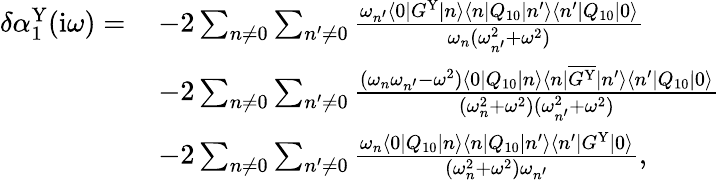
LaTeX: \begin{array}{rl}{\delta\alpha_{1}^{\mathrm{Y}}(\mathrm{i}\omega)=\, }&{-2\sum_{n\ne 0}\sum_{n^{\prime}\ne 0}\frac{\omega_{n^{\prime}}\langle 0|G^{\mathrm{Y}}|n\rangle\langle n|Q_{10}|n^{\prime}\rangle\langle n^{\prime}|Q_{10}|0\rangle}{\omega_{n}(\omega_{n^{\prime}}^{2}+\omega^{2})}}\\ &{-2\sum_{n\ne 0}\sum_{n^{\prime}\ne 0}\frac{(\omega_{n}\omega_{n^{\prime}}-\omega^{2})\langle 0|Q_{10}|n\rangle\langle n|\overline{{G^{\mathrm{Y}}}}|n^{\prime}\rangle\langle n^{\prime}|Q_{10}|0\rangle}{(\omega_{n}^{2}+\omega^{2})(\omega_{n^{\prime}}^{2}+\omega^{2})}}\\ &{-2\sum_{n\ne 0}\sum_{n^{\prime}\ne 0}\frac{\omega_{n}\langle 0|Q_{10}|n\rangle\langle n|Q_{10}|n^{\prime}\rangle\langle n^{\prime}|G^{\mathrm{Y}}|0\rangle}{(\omega_{n}^{2}+\omega^{2})\omega_{n^{\prime}}},}\end{array}